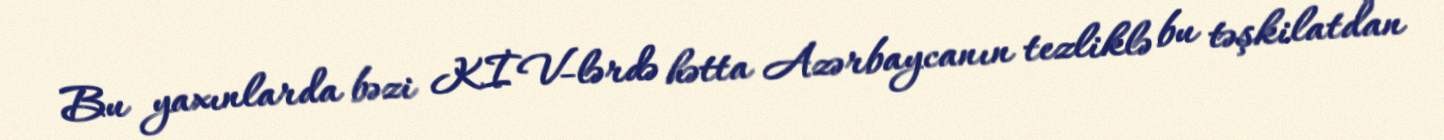
Bu yaxınlarda bəzi KİV-lərdə hətta Azərbaycanın tezliklə bu təşkilatdan